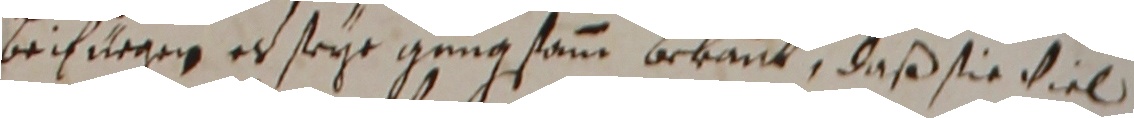
bechuegen es seye gnugsamm bekannt, daß sie viel